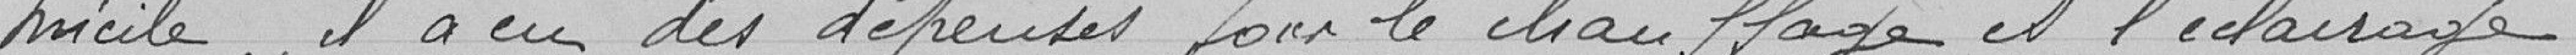
micile, il a eu des dépenses pour le chauffage et l'éclairage